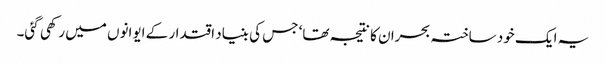
یہ ایک خود ساختہ بحران کا نتیجہ تھا‘ جس کی بنیاد اقتدار کے ایوانوں میں رکھی گئی۔